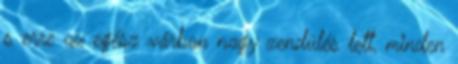
s erre az egész várban nagy zendülés lett, minden